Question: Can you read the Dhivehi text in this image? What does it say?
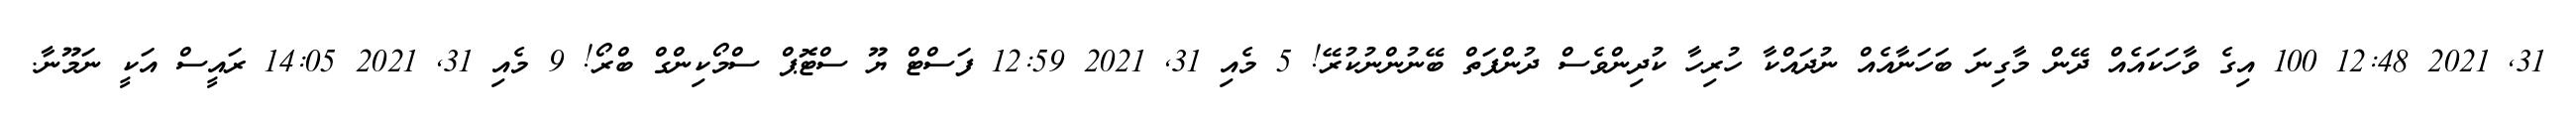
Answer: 31, 2021 12:48 100 އިގެ ވާހަކައެއް ދޭން މާގިނަ ބަހަނާއެއް ނުދައްކާ ހުރިހާ ކުދިންވެސް ދުންފަތް ބޭނުންނުކުރޭ! 5 މެއި 31, 2021 12:59 ފަސްޓް ޔޫ ސްޓޮޕް ސްމޯކިންގް ބްރޯ! 9 މެއި 31, 2021 14:05 ރައީސް އަކީ ނަމޫނާ.